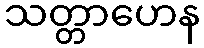
သတ္တာဟေန